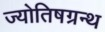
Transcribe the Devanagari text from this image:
ज्योतिषग्रन्थ